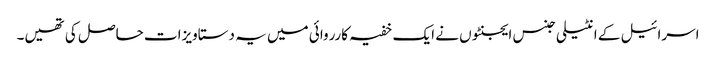
اسرائیل کے انٹیلی جنس ایجنٹوں نے ایک خفیہ کارروائی میں یہ دستاویزات حاصل کی تھیں۔